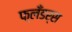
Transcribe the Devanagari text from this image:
फ्लँडर्स